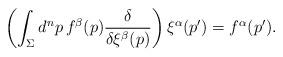
LaTeX: \begin{align*}\left( \int_\Sigma d^np \, f^\beta(p) {\delta\over\delta \xi^\beta(p)} \right) \xi^\alpha(p') = f^\alpha(p').\end{align*}